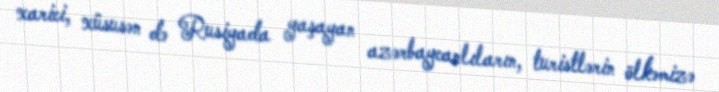
xarici, xüsusən də Rusiyada yaşayan azərbaycanlıların, turistlərin ölkəmizə